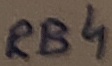
Text: RB4